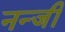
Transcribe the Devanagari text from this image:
नन्जी